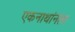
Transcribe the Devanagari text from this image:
एकनाथांनंतर